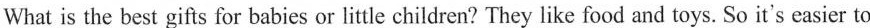
What is the best gifts for babies or little children? They like food and toys. So it's easier to